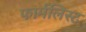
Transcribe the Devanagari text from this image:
फार्मलिस्ट